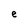
Character: e